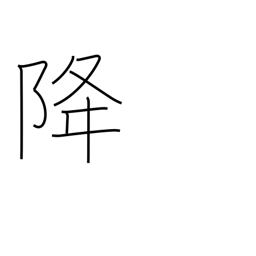
Meaning: descend